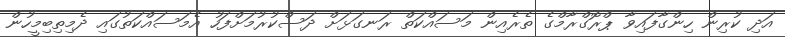
އަދި ކުރިން ހިންގާފައިވާ ޕްރޮގްރާމްގެ ތެރެއިން މަސައްކަތް ރަނގަޅަށް ދަސްކުރުމަށްފަހު އެމަސައްކަތުގައި ދެމިތިބިމީހުން